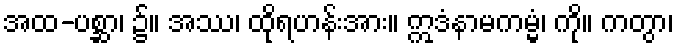
အထ-ပစ္ဆာ၊ ၌။ အဿ၊ ထိုရဟန်းအား။ ဣဒံနာမကမ္မံ၊ ကို။ ကတွာ၊